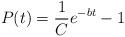
LaTeX: \begin{align*}P(t)=\frac{1}{C} e^{-bt} - 1\end{align*}